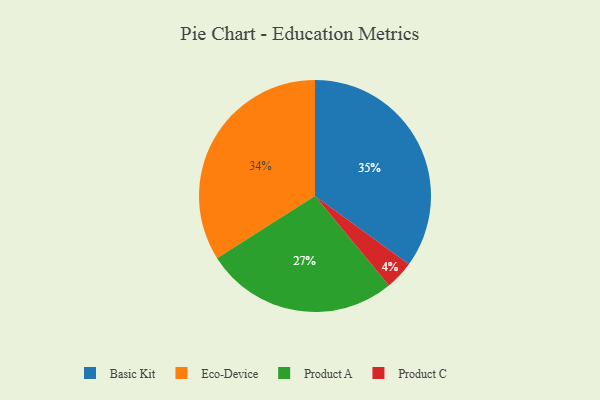
{"axis": {"x": "Category", "y": "Percentage"}, "legend": ["Basic Kit", "Eco-Device", "Product A", "Product C"], "data": [{"x": "Product C", "y": 4, "type": "Product C"}, {"x": "Eco-Device", "y": 34, "type": "Eco-Device"}, {"x": "Product A", "y": 27, "type": "Product A"}, {"x": "Basic Kit", "y": 35, "type": "Basic Kit"}]}